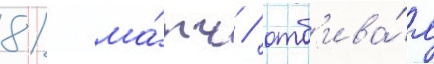
81 ма́тч / отб'ива́я